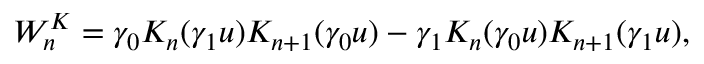
W _ { n } ^ { K } = \gamma _ { 0 } K _ { n } ( \gamma _ { 1 } u ) K _ { n + 1 } ( \gamma _ { 0 } u ) - \gamma _ { 1 } K _ { n } ( \gamma _ { 0 } u ) K _ { n + 1 } ( \gamma _ { 1 } u ) ,